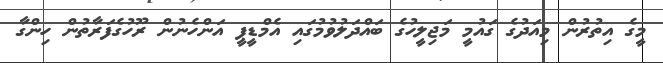
މީގެ އިތުރުން މިއަދުގެ ގައުމީ މަޖިލީހުގެ ބައްދަލުވުމުގައި އެމްޑީޕީ އަންހެނުން ރޫހުގެފަރާތުން ހިންގާ